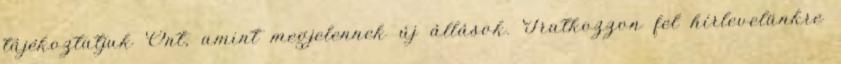
tájékoztatjuk Önt, amint megjelennek új állások. Iratkozzon fel hírlevelünkre